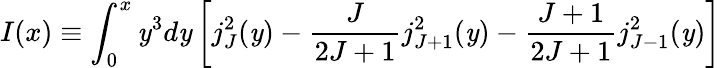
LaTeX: I(x)\equiv\int_{0}^{x}\mathit{y}^{3}d\mathit{y}\left[j_{J}^{2}(\mathit{y})-\frac{{J}}{{2J+1}}j_{J+1}^{2}(\mathit{y})-\frac{{J+1}}{{2J+1}}j_{J-1}^{2}(\mathit{y})\right]